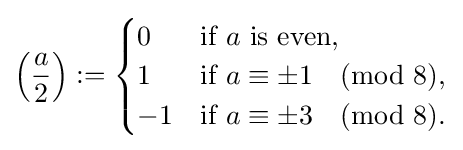
\left({\frac {a}{2}}\right):={\begin{cases}0&{\mbox{if }}a{\mbox{ is even,}}\\1&{\mbox{if }}a\equiv \pm 1{\pmod {8}},\\-1&{\mbox{if }}a\equiv \pm 3{\pmod {8}}.\end{cases}}